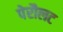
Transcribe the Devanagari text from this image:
पेरौलट